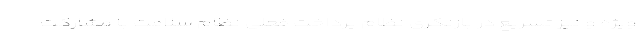
ویژه و نیز تسریع در بازنگری نظام پرداخت فعلی نظام سلامت با مشارکت